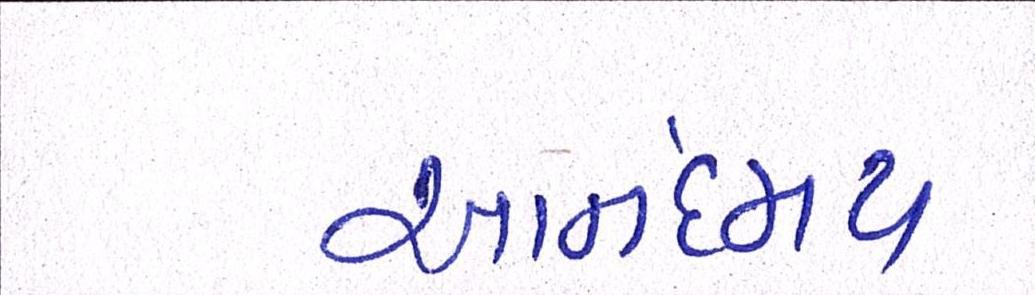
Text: આનંદમય